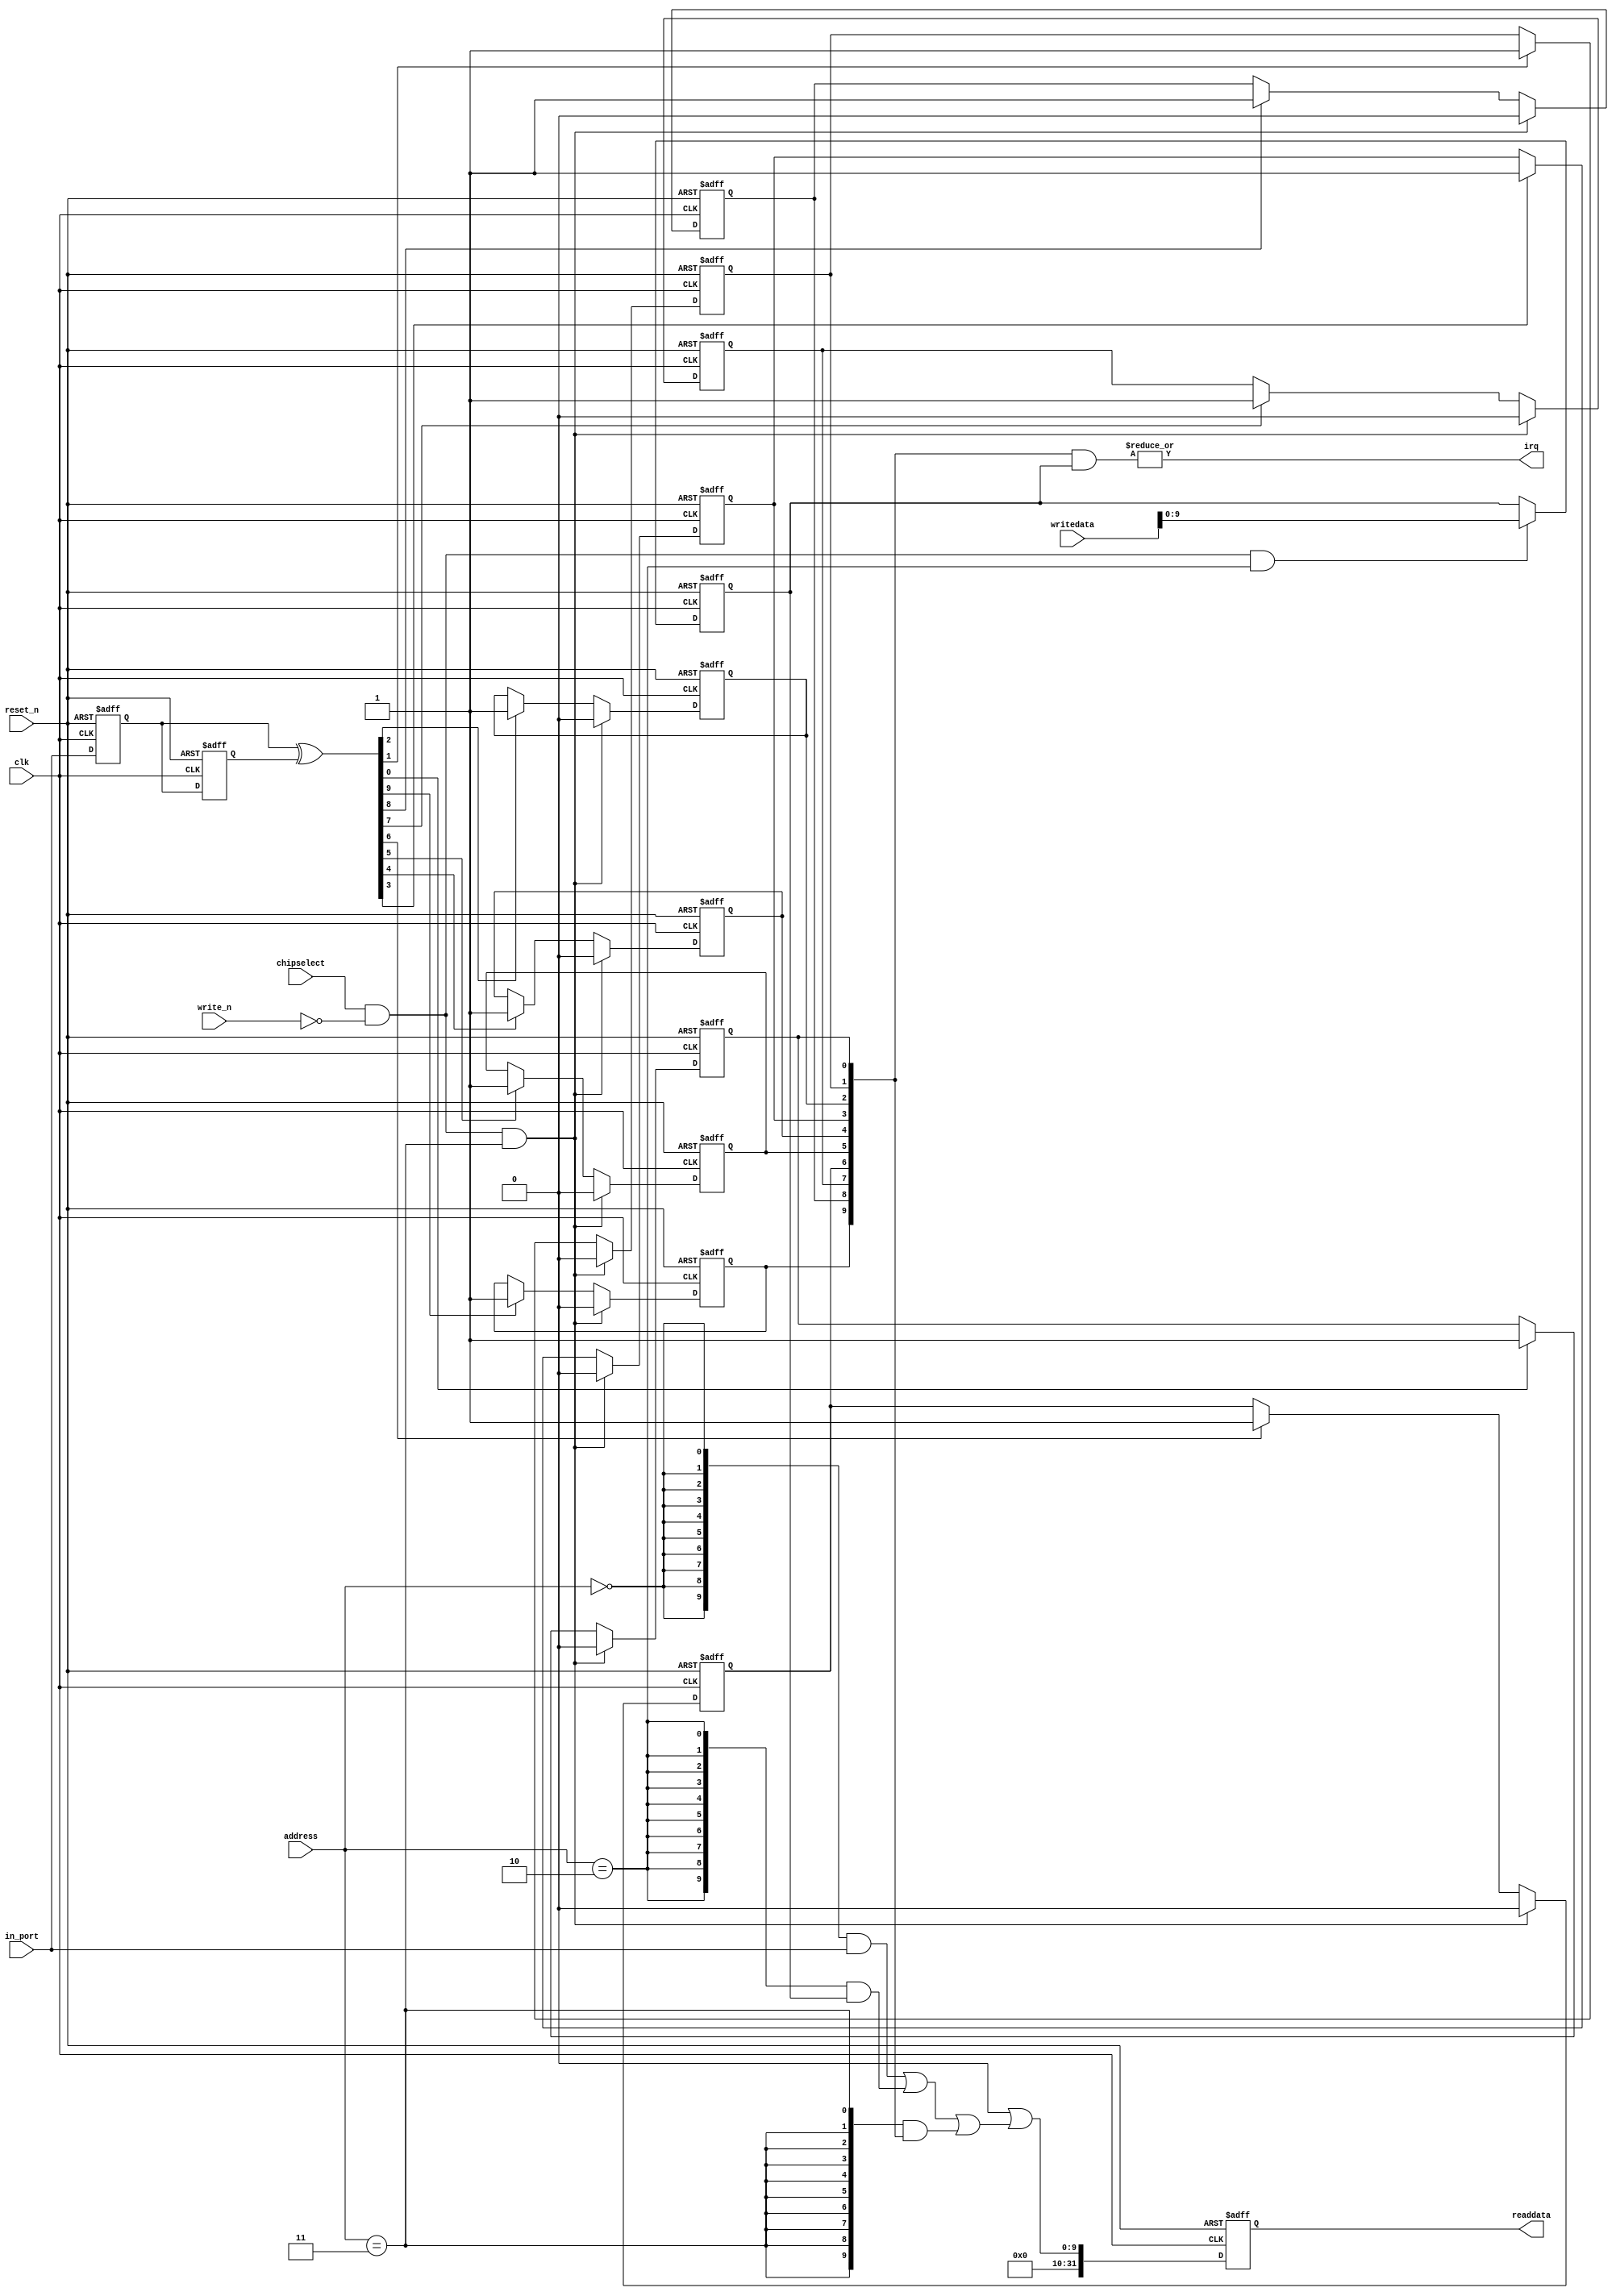
//Legal Notice: (C)2018 Altera Corporation. All rights reserved.  Your
//use of Altera Corporation's design tools, logic functions and other
//software and tools, and its AMPP partner logic functions, and any
//output files any of the foregoing (including device programming or
//simulation files), and any associated documentation or information are
//expressly subject to the terms and conditions of the Altera Program
//License Subscription Agreement or other applicable license agreement,
//including, without limitation, that your use is for the sole purpose
//of programming logic devices manufactured by Altera and sold by Altera
//or its authorized distributors.  Please refer to the applicable
//agreement for further details.

// synthesis translate_off
`timescale 1ns / 1ps
// synthesis translate_on

// turn off superfluous verilog processor warnings 
// altera message_level Level1 
// altera message_off 10034 10035 10036 10037 10230 10240 10030 

module Embed_slide_pio (
                         // inputs:
                          address,
                          chipselect,
                          clk,
                          in_port,
                          reset_n,
                          write_n,
                          writedata,

                         // outputs:
                          irq,
                          readdata
                       )
;

  output           irq;
  output  [ 31: 0] readdata;
  input   [  1: 0] address;
  input            chipselect;
  input            clk;
  input   [  9: 0] in_port;
  input            reset_n;
  input            write_n;
  input   [ 31: 0] writedata;


wire             clk_en;
reg     [  9: 0] d1_data_in;
reg     [  9: 0] d2_data_in;
wire    [  9: 0] data_in;
reg     [  9: 0] edge_capture;
wire             edge_capture_wr_strobe;
wire    [  9: 0] edge_detect;
wire             irq;
reg     [  9: 0] irq_mask;
wire    [  9: 0] read_mux_out;
reg     [ 31: 0] readdata;
  assign clk_en = 1;
  //s1, which is an e_avalon_slave
  assign read_mux_out = ({10 {(address == 0)}} & data_in) |
    ({10 {(address == 2)}} & irq_mask) |
    ({10 {(address == 3)}} & edge_capture);

  always @(posedge clk or negedge reset_n)
    begin
      if (reset_n == 0)
          readdata <= 0;
      else if (clk_en)
          readdata <= {32'b0 | read_mux_out};
    end


  assign data_in = in_port;
  always @(posedge clk or negedge reset_n)
    begin
      if (reset_n == 0)
          irq_mask <= 0;
      else if (chipselect && ~write_n && (address == 2))
          irq_mask <= writedata[9 : 0];
    end


  assign irq = |(edge_capture & irq_mask);
  assign edge_capture_wr_strobe = chipselect && ~write_n && (address == 3);
  always @(posedge clk or negedge reset_n)
    begin
      if (reset_n == 0)
          edge_capture[0] <= 0;
      else if (clk_en)
          if (edge_capture_wr_strobe)
              edge_capture[0] <= 0;
          else if (edge_detect[0])
              edge_capture[0] <= -1;
    end


  always @(posedge clk or negedge reset_n)
    begin
      if (reset_n == 0)
          edge_capture[1] <= 0;
      else if (clk_en)
          if (edge_capture_wr_strobe)
              edge_capture[1] <= 0;
          else if (edge_detect[1])
              edge_capture[1] <= -1;
    end


  always @(posedge clk or negedge reset_n)
    begin
      if (reset_n == 0)
          edge_capture[2] <= 0;
      else if (clk_en)
          if (edge_capture_wr_strobe)
              edge_capture[2] <= 0;
          else if (edge_detect[2])
              edge_capture[2] <= -1;
    end


  always @(posedge clk or negedge reset_n)
    begin
      if (reset_n == 0)
          edge_capture[3] <= 0;
      else if (clk_en)
          if (edge_capture_wr_strobe)
              edge_capture[3] <= 0;
          else if (edge_detect[3])
              edge_capture[3] <= -1;
    end


  always @(posedge clk or negedge reset_n)
    begin
      if (reset_n == 0)
          edge_capture[4] <= 0;
      else if (clk_en)
          if (edge_capture_wr_strobe)
              edge_capture[4] <= 0;
          else if (edge_detect[4])
              edge_capture[4] <= -1;
    end


  always @(posedge clk or negedge reset_n)
    begin
      if (reset_n == 0)
          edge_capture[5] <= 0;
      else if (clk_en)
          if (edge_capture_wr_strobe)
              edge_capture[5] <= 0;
          else if (edge_detect[5])
              edge_capture[5] <= -1;
    end


  always @(posedge clk or negedge reset_n)
    begin
      if (reset_n == 0)
          edge_capture[6] <= 0;
      else if (clk_en)
          if (edge_capture_wr_strobe)
              edge_capture[6] <= 0;
          else if (edge_detect[6])
              edge_capture[6] <= -1;
    end


  always @(posedge clk or negedge reset_n)
    begin
      if (reset_n == 0)
          edge_capture[7] <= 0;
      else if (clk_en)
          if (edge_capture_wr_strobe)
              edge_capture[7] <= 0;
          else if (edge_detect[7])
              edge_capture[7] <= -1;
    end


  always @(posedge clk or negedge reset_n)
    begin
      if (reset_n == 0)
          edge_capture[8] <= 0;
      else if (clk_en)
          if (edge_capture_wr_strobe)
              edge_capture[8] <= 0;
          else if (edge_detect[8])
              edge_capture[8] <= -1;
    end


  always @(posedge clk or negedge reset_n)
    begin
      if (reset_n == 0)
          edge_capture[9] <= 0;
      else if (clk_en)
          if (edge_capture_wr_strobe)
              edge_capture[9] <= 0;
          else if (edge_detect[9])
              edge_capture[9] <= -1;
    end


  always @(posedge clk or negedge reset_n)
    begin
      if (reset_n == 0)
        begin
          d1_data_in <= 0;
          d2_data_in <= 0;
        end
      else if (clk_en)
        begin
          d1_data_in <= data_in;
          d2_data_in <= d1_data_in;
        end
    end


  assign edge_detect = d1_data_in ^  d2_data_in;

endmodule